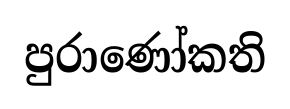
පුරාණෝකති